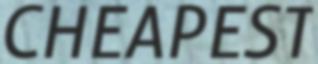
CHEAPEST